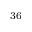
_ { 3 6 }